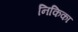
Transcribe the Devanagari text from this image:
निकिका